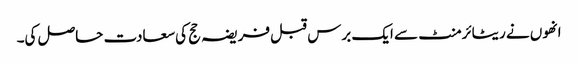
انھوں نے ریٹائرمنٹ سے ایک برس قبل فریضہ حج کی سعادت حاصل کی۔